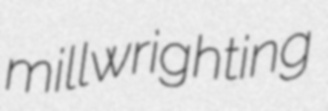
millwrighting